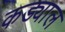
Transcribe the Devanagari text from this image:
कड्याल